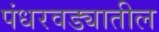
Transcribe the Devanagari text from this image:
पंधरवड्यातील